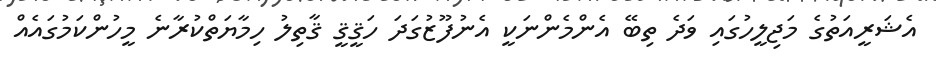
އެޝަރީއަތުގެ މަޖިލީހުގައި ވަދެ ތިބޭ އެންމެންނަކީ އެނުފޫޒުގަދަ ހަޤީޤީ ޤާތިލު ހިމާޔަތްކުރާނެ މީހުންކަމުގައެއް